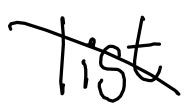
Text: list
Cross-out: diagonal
Writing tool: digital_black